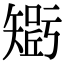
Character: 𥏾